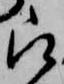
被